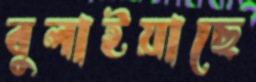
বুলাইয়াছে